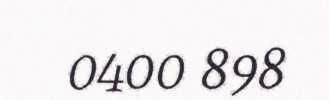
0400 898